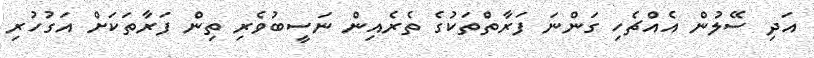
އަދި ސޭލުން އެއްޗެހި ގަންނަ ފަރާތްތަކުގެ ތެރެއިން ނަސީބުވެރި ތިން ފަރާތަކަށް އަގުހުރި